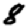
Digit: 8